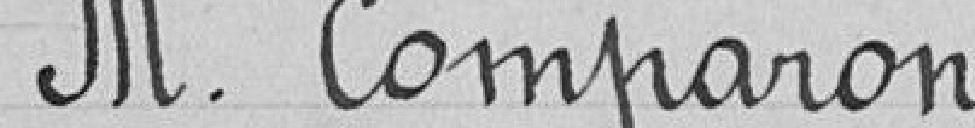
Monsieur Comparon.